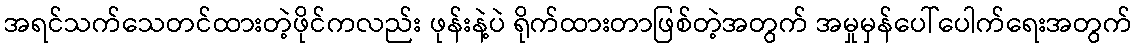
အရင်သက်သေတင်ထားတဲ့ဖိုင်ကလည်း ဖုန်းနဲ့ပဲ ရိုက်ထားတာဖြစ်တဲ့အတွက် အမှုမှန်ပေါ်ပေါက်ရေးအတွက်